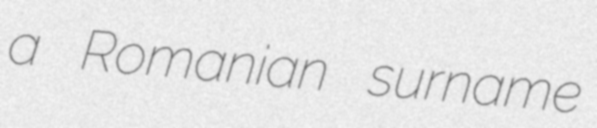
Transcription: a Romanian surname